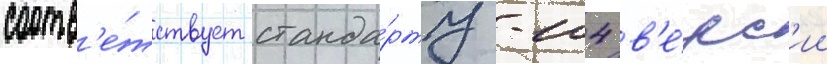
соотв'е́тствует станда́рту -104 в'е́рс'ии